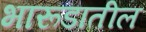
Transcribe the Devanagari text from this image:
भारूडातील